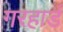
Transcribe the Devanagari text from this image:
गरहार्ड